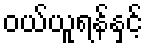
ဝယ်ယူရန်နှင့်